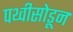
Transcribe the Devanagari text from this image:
पथ्वीसोडून